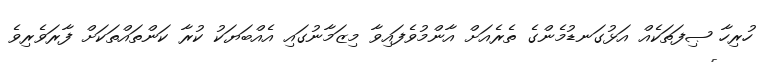
ހުރިހާ ޞިފަތަކެއް އަޅުގަނޑުމެންގެ ތެރެއަށް އާންމުވެފައިވާ މިޒަމާނުގައި އެއްބަޔަކު ކުރާ ކަންތައްތަކަށް ފާރަވެރިވެ